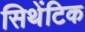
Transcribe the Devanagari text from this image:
सिथेंटिक